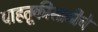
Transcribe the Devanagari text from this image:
वाहतूकीसाठीचे